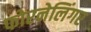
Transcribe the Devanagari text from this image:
फोरनेलिंगर